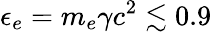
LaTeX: \epsilon_{e}=m_{e}\gamma c^{2}\lesssim 0.9